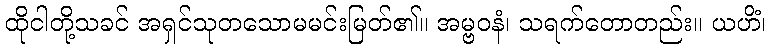
ထိုငါတို့သခင် အရှင်သုတသောမမင်းမြတ်၏။ အမ္ဗဝနံ၊ သရက်တောတည်း။ ယဟိံ၊